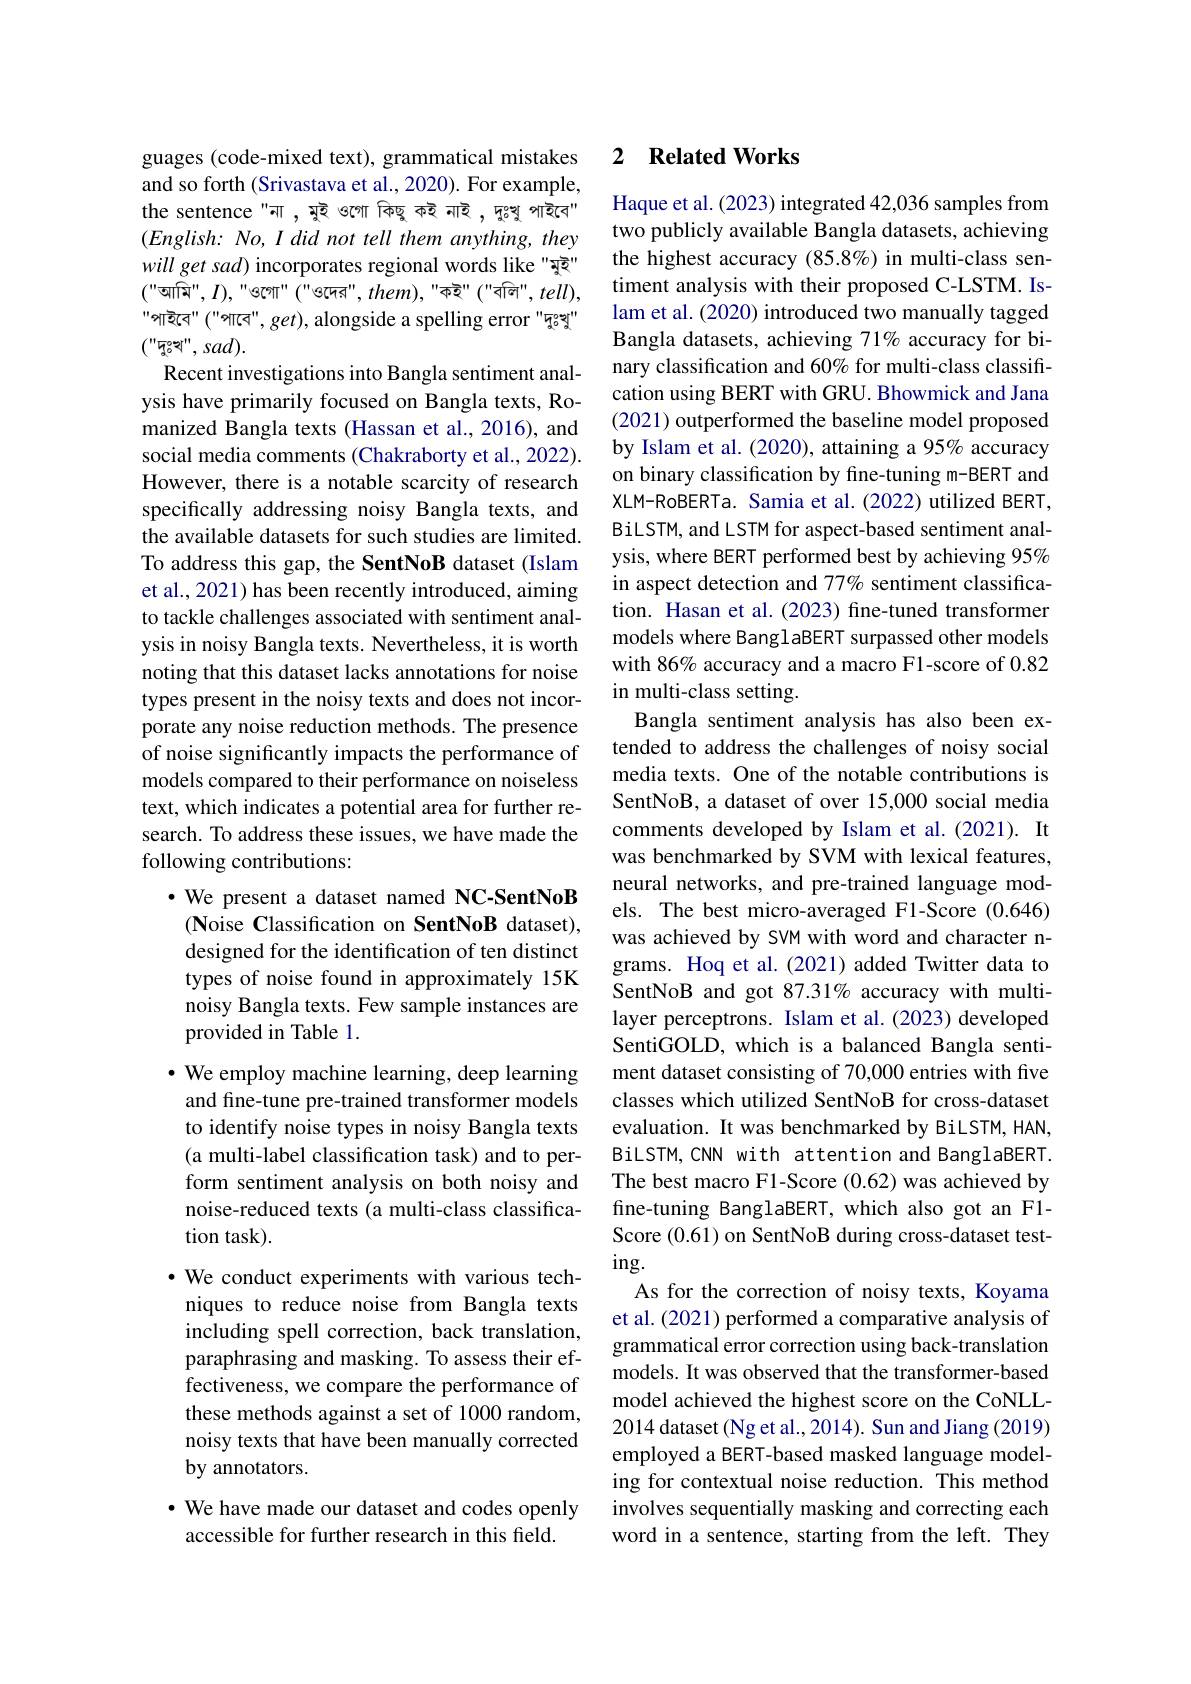
guages (code-mixed text), grammatical mistakes and so forth (Srivastava et al., 2020). For example, the sentence "না , মুই ওগো কিছু কই নাই , দুঃখু পাইবে" $(English:No,I$ did not tell them anything, they will get sad) incorporates regional words like "球ूই" $("$আমি", $I),"$ওগো" $( "$ও দ ে র " " , them$) , "$ক ই " " ( " ব ল ি " , tell) , "পাইবে" ("পাবে", get), alongside a spelling error "দুঃখু" $("''দুঃখ",sad).$
Recent investigations into Bangla sentiment analysis have primarily focused on Bangla texts, Romanized Bangla texts (Hassan et al., 2016), and social media comments (Chakraborty et al., 2022). However, there is a notable scarcity of research specifically addressing noisy Bangla texts, and the available datasets for such studies are limited. To address this gap, the SentNoB dataset (Islam et al., 2021) has been recently introduced, aiming to tackle challenges associated with sentiment analysis in noisy Bangla texts. Nevertheless, it is worth noting that this dataset lacks annotations for noise types present in the noisy texts and does not incorporate any noise reduction methods. The presence of noise significantly impacts the performance of models compared to their performance on noiseless text, which indicates a potential area for further research. To address these issues, we have made the following contributions:
·We present a dataset named NC-SentNoB $(\mathbf{N}$oise Classification on SentNoB dataset), designed for the identification of ten distinct types of noise found in approximately 15K noisy Bangla texts. Few sample instances are provided in Table 1.
$\cdot$ We employ machine learning, deep learning and fine-tune pre-trained transformer models to identify noise types in noisy Bangla texts (a multi-label classification task) and to perform sentiment analysis on both noisy and noise-reduced texts (a multi-class classification task).
$\cdot$ We conduct experiments with various techniques to reduce noise from Bangla texts including spell correction, back translation, paraphrasing and masking. To assess their effectiveness, we compare the performance of these methods against a set of 1000 random, noisy texts that have been manually corrected by annotators.
· We have made our dataset and codes openly
accessible for further research in this field.

### 2 $\textbf{Related Works}$

Haque et al. (2023) integrated 42,036 samples from two publicly available Bangla datasets, achieving the highest accuracy (85.8%) in multi-class sentiment analysis with their proposed C-LSTM. Islam et al. (2020) introduced two manually tagged Bangla datasets, achieving 71% accuracy for binary classification and 60% for multi-class classification using BERT with GRU. Bhowmick and Jana (2021) outperformed the baseline model proposed by Islam et al. (2020), attaining a 95% accuracy on binary classification by fine-tuning m-BERT and XLM-RoBERTa. Samia et al. (2022) utilized BERT, BiLSTM, and LSTM for aspect-based sentiment analysis, where BERT performed best by achieving 95% in aspect detection and 77% sentiment classification. Hasan et al.(2023) fine-tuned transformer models where BanglaBERT surpassed other models with 86% accuracy and a macro F1-score of 0.82 in multi-class setting.
Bangla sentiment analysis has also been extended to address the challenges of noisy social media texts. One of the notable contributions is SentNoB, a dataset of over 15,000 social media comments developed by Islam et al.(2021). It was benchmarked by SVM with lexical features, neural networks, and pre-trained language models. The best micro-averaged F1-Score (0.646) was achieved by SVM with word and character ngrams. Hoq et al.(2021) added Twitter data to SentNoB and got 87.31% accuracy with multilayer perceptrons. Islam et al.(2023) developed SentiGOLD, which is a balanced Bangla sentiment dataset consisting of 70,000 entries with five classes which utilized SentNoB for cross-dataset evaluation. It was benchmarked by BiLSTM, HAN, BiLSTM, CNN with attention and BanglaBERT. The best macro F1-Score (0.62) was achieved by fine-tuning BanglaBERT, which also got an F1- Score (0.61) on SentNoB during cross-dataset test- $ing.$
As for the correction of noisy texts, Koyama et al. (2021) performed a comparative analysis of grammatical error correction using back-translation models. It was observed that the transformer-based model achieved the highest score on the CoNLL- 2014 dataset (Ng et al., 2014). Sun and Jiang (2019) employed a BERT-based masked language modeling for contextual noise reduction. This method involves sequentially masking and correcting each word in a sentence, starting from the left. They